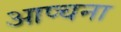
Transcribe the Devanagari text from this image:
आप्चना